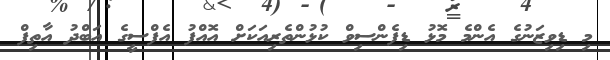
މި ޑިވިޒަނުގެ އެންމެ މޮޅު ޑިފެންސިވް ކުޅުންތެރިއަކަށް އޮއްފު އެފްސީގެ އަބްދު އާތިފް